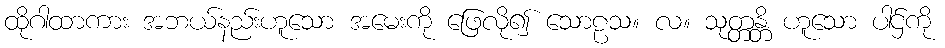
ထိုဂါထာကား အဘယ်နည်းဟူသော အမေးကို ဖြေလို၍ သောဠသ။ လ။ သုတ္တန္တိ ဟူသော ပါဌ်ကို